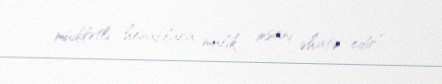
müddətli hesablara malik insanı əhatə edir”.